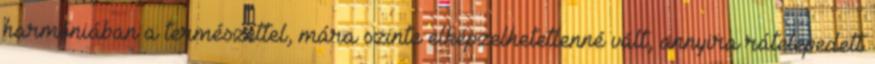
harmóniában a természettel, mára szinte elképzelhetetlenné vált, annyira rátelepedett